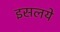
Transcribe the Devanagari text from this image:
इसलये